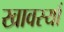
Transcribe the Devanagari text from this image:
खावस्याँ